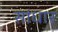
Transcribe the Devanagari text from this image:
सांधार